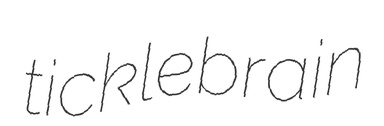
ticklebrain